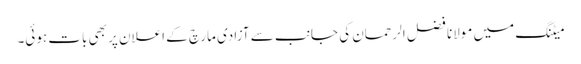
میٹنگ میں مولانا فضل الرحمان کی جانب سے آزادی مارچ کے اعلان پر بھی بات ہوئی۔